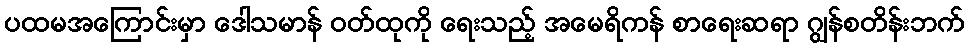
ပထမအကြောင်းမှာ ဒေါသမာန် ဝတ်ထုကို ရေးသည့် အမေရိကန် စာရေးဆရာ ဂျွန်စတိန်းဘက်